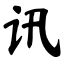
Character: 讯